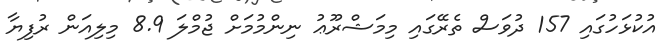
އުކުޅަހުގައި 157 ދުވަސް ތެރޭގައި މިމަޝްރޫޢު ނިންމުމަށް ޖުމްލަ 8.9 މިލިއަން ރުފިޔާ